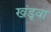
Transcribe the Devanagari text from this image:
खंडूवा